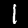
Digit: 1